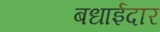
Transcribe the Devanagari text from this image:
बधाईदार